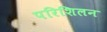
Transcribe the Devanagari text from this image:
परिशिलन